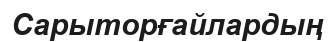
Сарыторғайлардың